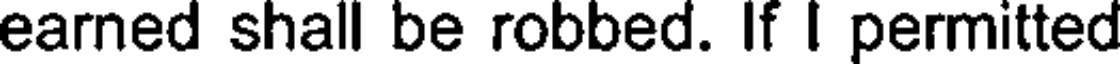
earned shall be robbed. If I permitted